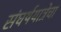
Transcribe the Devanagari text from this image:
संघर्षयात्रेचा